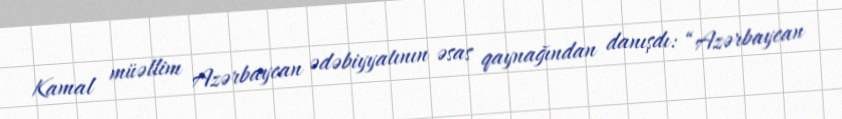
Kamal müəllim Azərbaycan ədəbiyyatının əsas qaynağından danışdı: “Azərbaycan